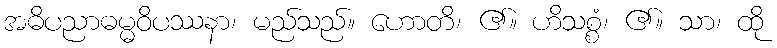
အဓိပညာဓမ္မဝိပဿနာ၊ မည်သည်။ ဟောတိ၊ ၏။ ဟိသစ္စံ၊ ၏။ သာ၊ ထို